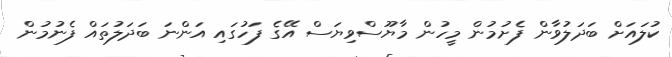
ކުލައަށް ބަދަލުވާން ފެށުމުން މީހުން މާޔޫސްވިޔަސް އޭގެ ފަހުގައި އަންނަ ބަދަލުތައް ފެނުމުން